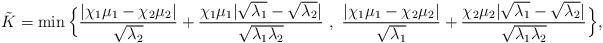
LaTeX: \begin{align*}\tilde K=\min\Big\{\frac{|\chi_1\mu_1-\chi_2\mu_2|}{\sqrt{\lambda_2}}+\frac{\chi_1\mu_1|\sqrt{\lambda_1}-\sqrt{\lambda_2}|}{\sqrt{\lambda_1\lambda_2}}\ ,\ \frac{|\chi_1\mu_1-\chi_2\mu_2|}{\sqrt{\lambda_1}}+\frac{\chi_2\mu_2|\sqrt{\lambda_1}-\sqrt{\lambda_2}|}{\sqrt{\lambda_1\lambda_2}} \Big\},\end{align*}